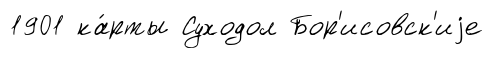
1901 ка́рты Суходол Бор'исовск'иjе